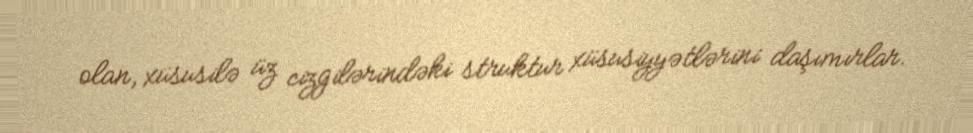
olan, xüsusilə üz cizgilərindəki struktur xüsusiyyətlərini daşımırlar.